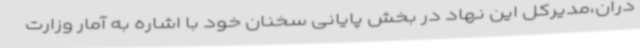
دران،مدیرکل این نهاد در بخش پایانی سخنان خود با اشاره به آمار وزارت